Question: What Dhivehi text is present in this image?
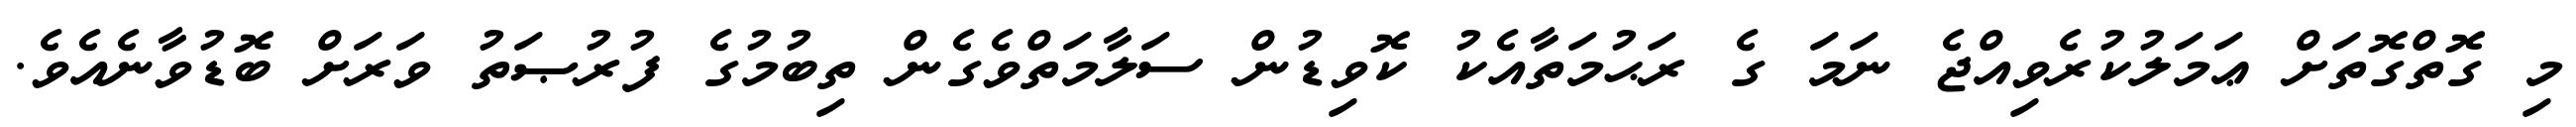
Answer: މި ގޮތްގޮތަށް ޢަމަލުކުރެވިއްޖެ ނަމަ ގެ ރަޙުމަތާއެކު ކޮވިޑުން ސަލާމަތްވެގެން ތިބުމުގެ ފުރުޞަތު ވަރަށް ބޮޑުވާނެއެވެ.